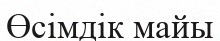
Өсімдік майы